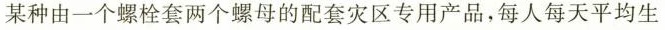
某种由一个螺栓套两个螺母的配套灾区专用产品，每人每天平均生